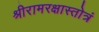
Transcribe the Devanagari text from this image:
श्रीरामरक्षास्तोत्रं